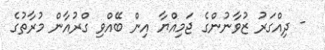
- ދިއްގަރު ޒުވާނުންގެ ޖަމިއްޔާ އިން ބޭއްވި ގްރުއާން މުރާތުގެ